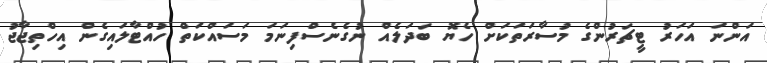
އަންނަ އަހަރު ޓީޗަރުންގެ މުސާރަތަކަށް ހެޔޮ ބަދަލެއް ނުގެނެސްފިނަމަ މަސައްކަތް ހުއްޓާލައިގެން އިހްތިޖާޖު